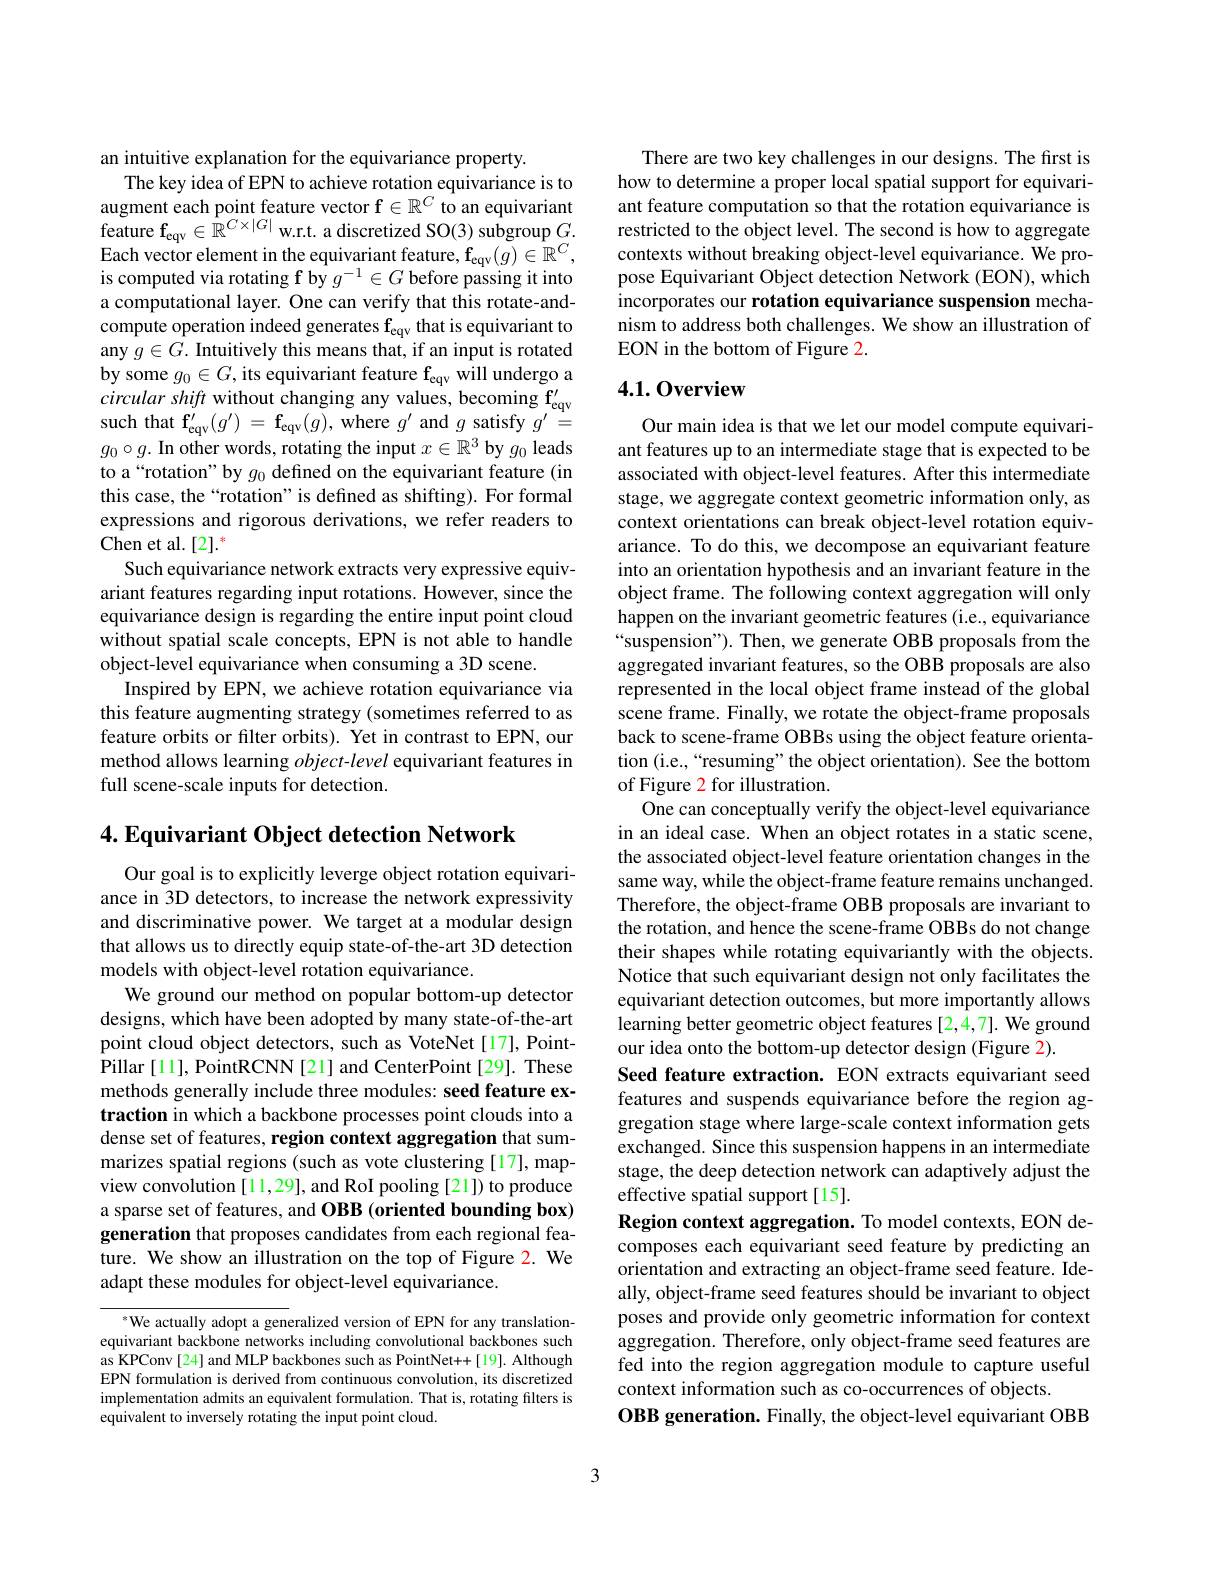
an intuitive explanation for the equivariance property.
The key idea of EPN to achieve rotation equivariance is to augment each point feature vector f$\in \mathbb{R} ^C$ to an equivariant feature $\mathbf{f}_\mathrm{eqv}\in\mathbb{R}^{C\times|G|}$ w.r.t. a discretized SO(3) subgroup $G.$ $\begin{array}{l}\text{Each vector element in the equivariant feature, f}_{\mathrm{eqv}}(g)\in\mathbb{R}^{C},\\\text{is computed via rotating f by }g^{-1}\in G\end{array}$before passing it into a computational layer. One can verify that this rotate-andcompute operation indeed generates $\mathbf{f}_\mathrm{eqv}$ that is equivariant to any $g\in\hat{G}.$ Intuitively this means that, if an input is rotated by some $g_{0}\in G, \text{its equivariant feature f}_{\mathrm{cqv}}$will undergo a circular shift $\text{without changing any values, becoming f}_{\mathrm{cqv}}^{\prime }$ such that f' $( a^{\prime }) = \mathbf{f}$ $( a)$ where $a^{\prime }$ and $a$ satisfv $a^{\prime }-$ such that $\mathbf{f} _{\mathrm{eqv}}^{\prime }( g^{\prime })$ $= \mathbf{f} _{\mathrm{eqv}}( g) $, where $g^\prime$ and $g$ satisfy $g^\prime=$ $g_0\circ g.$ In other words, rotating the input $x\in\mathbb{R}^3$ by $g_0$ leads to a“rotation” by $g_0$ defined on the equivariant feature (in this case, the“rotation” is defined as shifting). For formal expressions and rigorous derivations, we refer readers to Chen et al.[2].*
Such equivariance network extracts very expressive equivariant features regarding input rotations. However, since the equivariance design is regarding the entire input point cloud without spatial scale concepts, EPN is not able to handle object-level equivariance when consuming a 3D scene.
Inspired by EPN, we achieve rotation equivariance via this feature augmenting strategy (sometimes referred to as feature orbits or filter orbits). Yet in contrast to EPN, our method allows learning $object-level$ equivariant features in full scene-scale inputs for detection.

$4. \textbf{Equivariant Object detection Network}$

Our goal is to explicitly leverge object rotation equivariance in 3D detectors, to increase the network expressivity and discriminative power. We target at a modular design that allows us to directly equip state-of-the-art 3D detection models with object-level rotation equivariance.
We ground our method on popular bottom-up detector designs, which have been adopted by many state-of-the-art point cloud object detectors, such as VoteNet[17], PointPillar [11], PointRCNN [21] and CenterPoint[29]. These methods generally include three modules: seed feature extraction in which a backbone processes point clouds into a dense set of features, region context aggregation that summarizes spatial regions (such as vote clustering [17], mapview convolution [11,29], and RoI pooling [21]) to produce a sparse set of features, and OBB (oriented bounding box) generation that proposes candidates from each regional feature. We show an illustration on the top of Figure 2. We adapt these modules for object-level equivariance.

$^*$We actually adopt a generalized version of EPN for any translationequivariant backbone networks including convolutional backbones such as KPConv[24] and MLP backbones such as PointNet++[19]. Although EPN formulation is derived from continuous convolution, its discretized implementation admits an equivalent formulation. That is, rotating filters is equivalent to inversely rotating the input point cloud.

There are two key challenges in our designs. The first is how to determine a proper local spatial support for equivariant feature computation so that the rotation equivariance is restricted to the object level. The second is how to aggregate contexts without breaking object-level equivariance. We propose Equivariant Object detection Network (EON), which incorporates our rotation equivariance suspension mechanism to address both challenges. We show an illustration of EON in the bottom of Figure 2.

### 4.1.0verview

Our main idea is that we let our model compute equivariant features up to an intermediate stage that is expected to be associated with object-level features. After this intermediate stage, we aggregate context geometric information only, as context orientations can break object-level rotation equivariance. To do this, we decompose an equivariant feature into an orientation hypothesis and an invariant feature in the object frame. The following context aggregation will only happen on the invariant geometric features (i.e., equivariance “suspension”). Then, we generate OBB proposals from the aggregated invariant features, so the OBB proposals are also represented in the local object frame instead of the global scene frame. Finally, we rotate the object-frame proposals back to scene-frame OBBs using the object feature orientation (i.e.,“resuming” the object orientation). See the bottom of Figure 2 for illustration.
One can conceptually verify the object-level equivariance in an ideal case. When an object rotates in a static scene, the associated object-level feature orientation changes in the same way, while the object-frame feature remains unchanged. Therefore, the object-frame OBB proposals are invariant to the rotation, and hence the scene-frame OBBs do not change their shapes while rotating equivariantly with the objects. Notice that such equivariant design not only facilitates the equivariant detection outcomes, but more importantly allows learning better geometric object features [2,4,7]. We ground our idea onto the bottom-up detector design (Figure 2).
Seed feature extraction. EON extracts equivariant seed features and suspends equivariance before the region aggregation stage where large-scale context information gets exchanged. Since this suspension happens in an intermediate stage, the deep detection network can adaptively adjust the effective spatial support[15].
Region context aggregation. To model contexts, EON decomposes each equivariant seed feature by predicting an orientation and extracting an object-frame seed feature. Ideally, object-frame seed features should be invariant to object poses and provide only geometric information for context aggregation. Therefore, only object-frame seed features are fed into the region aggregation module to capture useful context information such as co-occurrences of objects.
OBB generation. Finally, the object-level equivariant OBB

3